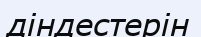
діндестерін